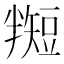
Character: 𬑵